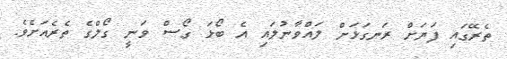
ތެރޭގައި ފަޔަށް ރަނގަޅަށް ލައްވާނުލައި އެ ބޯޅަ ގޯސް ވަނީ ގޯލްގެ ތެރެއަށެވެ.